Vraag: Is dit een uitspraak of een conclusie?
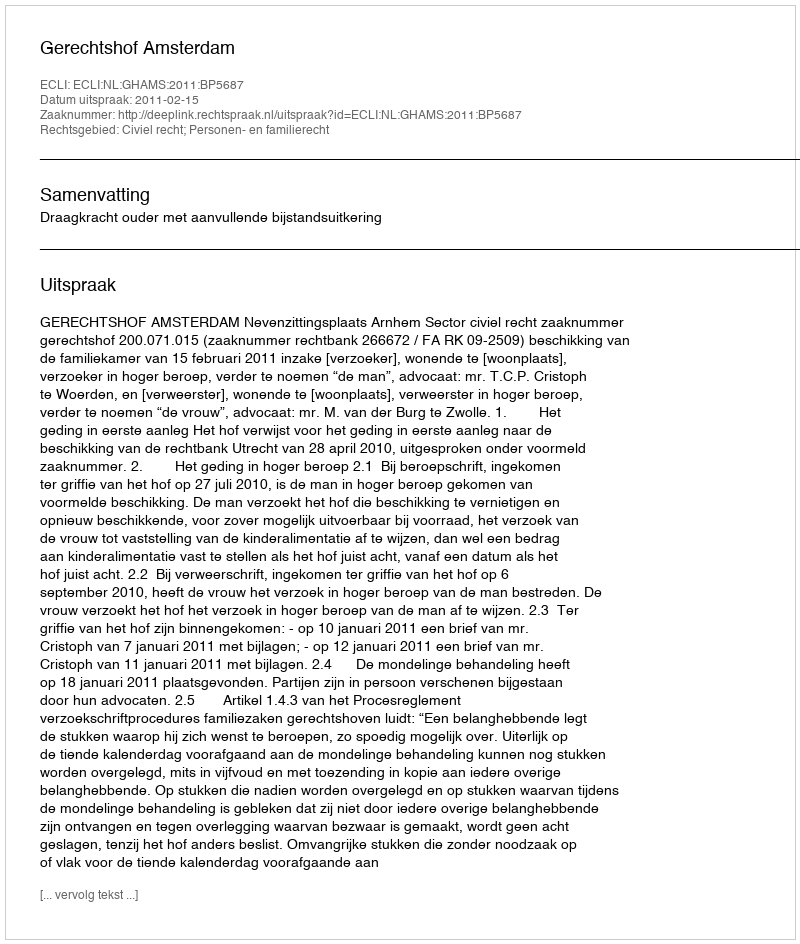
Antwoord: Uitspraak